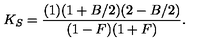
K _ { S } = \frac { ( 1 ) ( 1 + B / 2 ) ( 2 - B / 2 ) } { ( 1 - F ) ( 1 + F ) } .